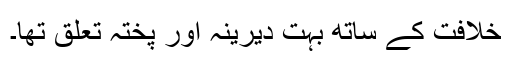
خلافت کے ساتھ بہت دیرینہ اور پختہ تعلق تھا۔